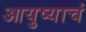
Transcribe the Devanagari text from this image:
आयुष्याचं